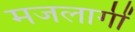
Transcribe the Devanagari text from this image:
मजलागीं